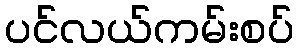
ပင်လယ်ကမ်းစပ်